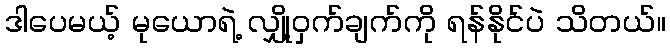
ဒါပေမယ့် မုယောရဲ့ လျှို့ဝှက်ချက်ကို ရန်နိုင်ပဲ သိတယ်။